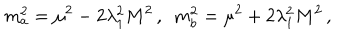
m _ { a } ^ { 2 } = \mu ^ { 2 } - 2 \lambda _ { 1 } ^ { 2 } M ^ { 2 } \, , \, \, \, m _ { b } ^ { 2 } = \mu ^ { 2 } + 2 \lambda _ { 1 } ^ { 2 } M ^ { 2 } \, ,